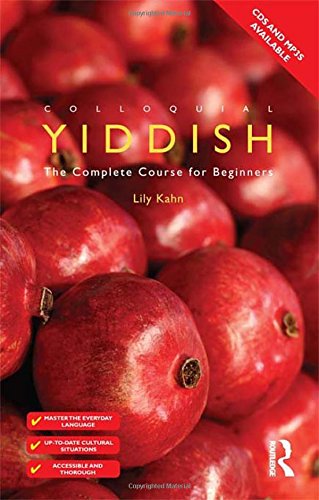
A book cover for Colloquial Yiddish; Lily Kahn; Science & Math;